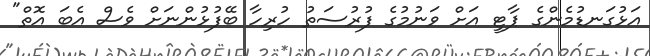
އަޅުގަނޑުމެންގެ ޕާޓީ އަށް ވަނުމުގެ ފުރުސަތު ހުރިހާ ބޭފުޅުންނަށް ވެސް އެބަ އޮތް"